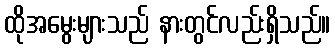
ထိုအမွေးများသည် နားတွင်လည်းရှိသည်။